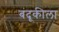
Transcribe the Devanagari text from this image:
बंदूकीला